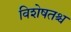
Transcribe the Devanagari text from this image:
विशेषतश्च